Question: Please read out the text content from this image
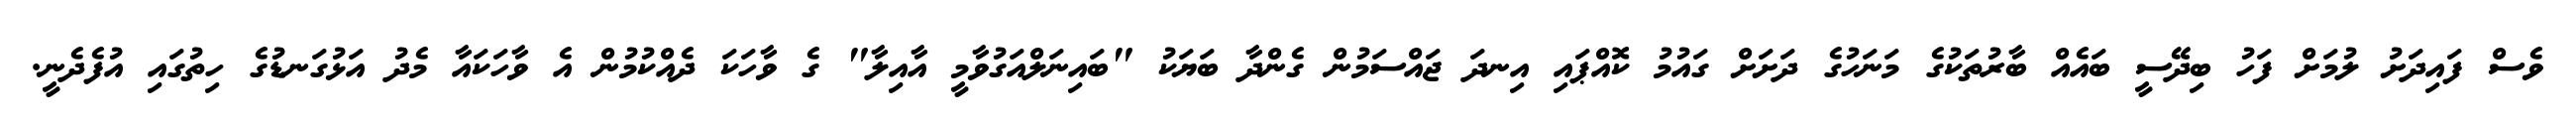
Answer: ވެސް ފައިދަށު ލުމަށް ފަހު ބިދޭސީ ބައެއް ބާރުތަކުގެ މަނަހުގެ ދަށަށް ގައުމު ކޮއްޕައި އިނދަ ޖައްސަމުން ގެންދާ ބަޔަކު "ބައިނަލްއަގުވާމީ އާއިލާ" ގެ ވާހަކަ ދެއްކުމުން އެ ވާހަކައާ މެދު އަޅުގަނޑުގެ ހިތުގައި އުފެދެނީ.